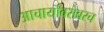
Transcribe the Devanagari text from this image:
आचार्यांबरोबरच